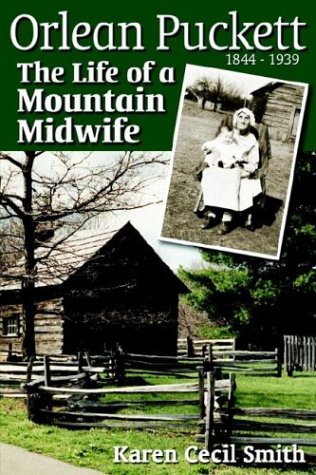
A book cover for Orlean Puckett: The Life of a Mountain Midwife; Karen Cecil Smith; Biographies & Memoirs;